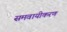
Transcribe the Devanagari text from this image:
समवायीकरण